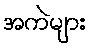
အကဲများ